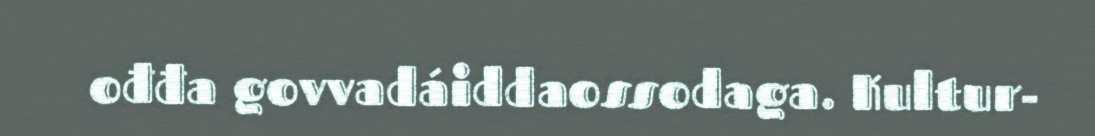
ođđa govvadáiddaossodaga. Kultur-